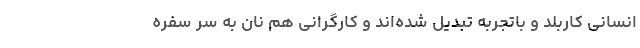
انسانی کاربلد و باتجربه تبدیل شده‌اند و کارگرانی هم نان به سر سفره